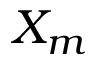
X _ { m }